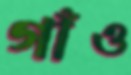
গাঁও